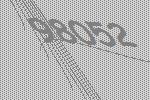
98052